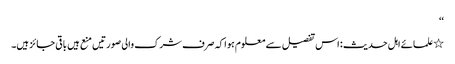
‘‘
٭علمائے اہل حدیث : اس تفصیل سے معلوم ہوا کہ صرف شرک والی صورتیں منع ہیں باقی جائز ہیں۔